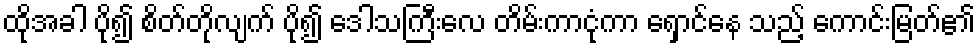
ထိုအခါ ပို၍ စိတ်တိုလျက် ပို၍ ဒေါသကြီးလေ တိမ်းကာငုံကာ ရှောင်နေ သည့် ကောင်းမြတ်၏